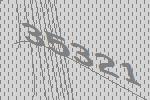
35321